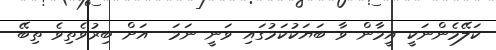
ކަލޭމެންނަކީ އީމާން ވާ ބަޔަކުކަމުގައި ވަނީ ނަމަ  އަށް ބިރުވެތިވެ ތިބޭ